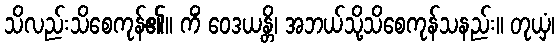
သိလည်းသိစေကုန်၏။ ကိံ ဝေဒယန္တိ၊ အဘယ်သို့သိစေကုန်သနည်း။ တုယှံ၊